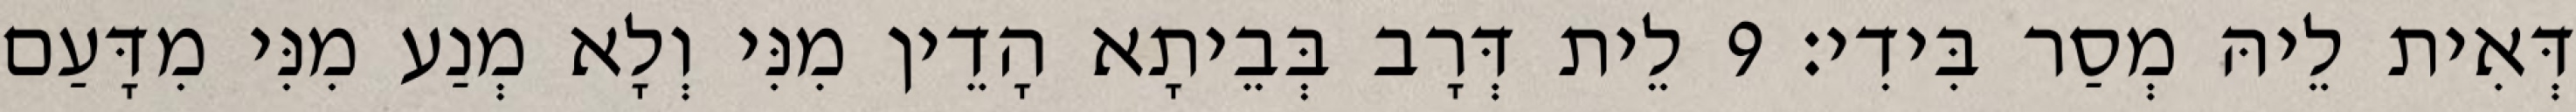
דְּאִית לֵיהּ מְסַר בִּידִי׃ 9 לֵית דְּרָב בְּבֵיתָא הָדֵין מִנִּי וְלָא מְנַע מִנִּי מִדָּעַם